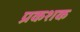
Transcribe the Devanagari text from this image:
प्रकशक